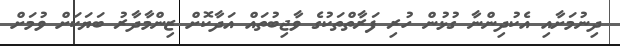
ދިނުމަށާއި އެކުދިންނާ ގުޅުން ހުރި ފަރާތްތަކުގެ ވާޖިބުތައް އަދާކޮށް ޒިންމާދާރު ބަޔަކަށް ވުމަށް